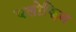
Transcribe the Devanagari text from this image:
यलोफ़िन